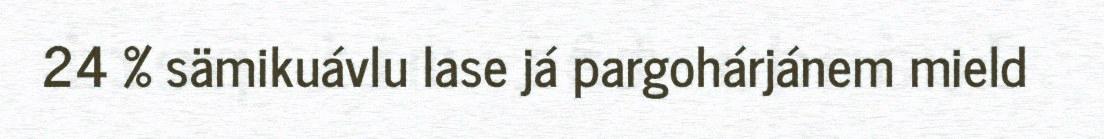
24 % sämikuávlu lase já pargohárjánem mield